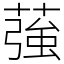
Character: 蔃